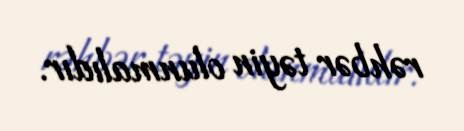
rəhbər təyin olunmalıdır.